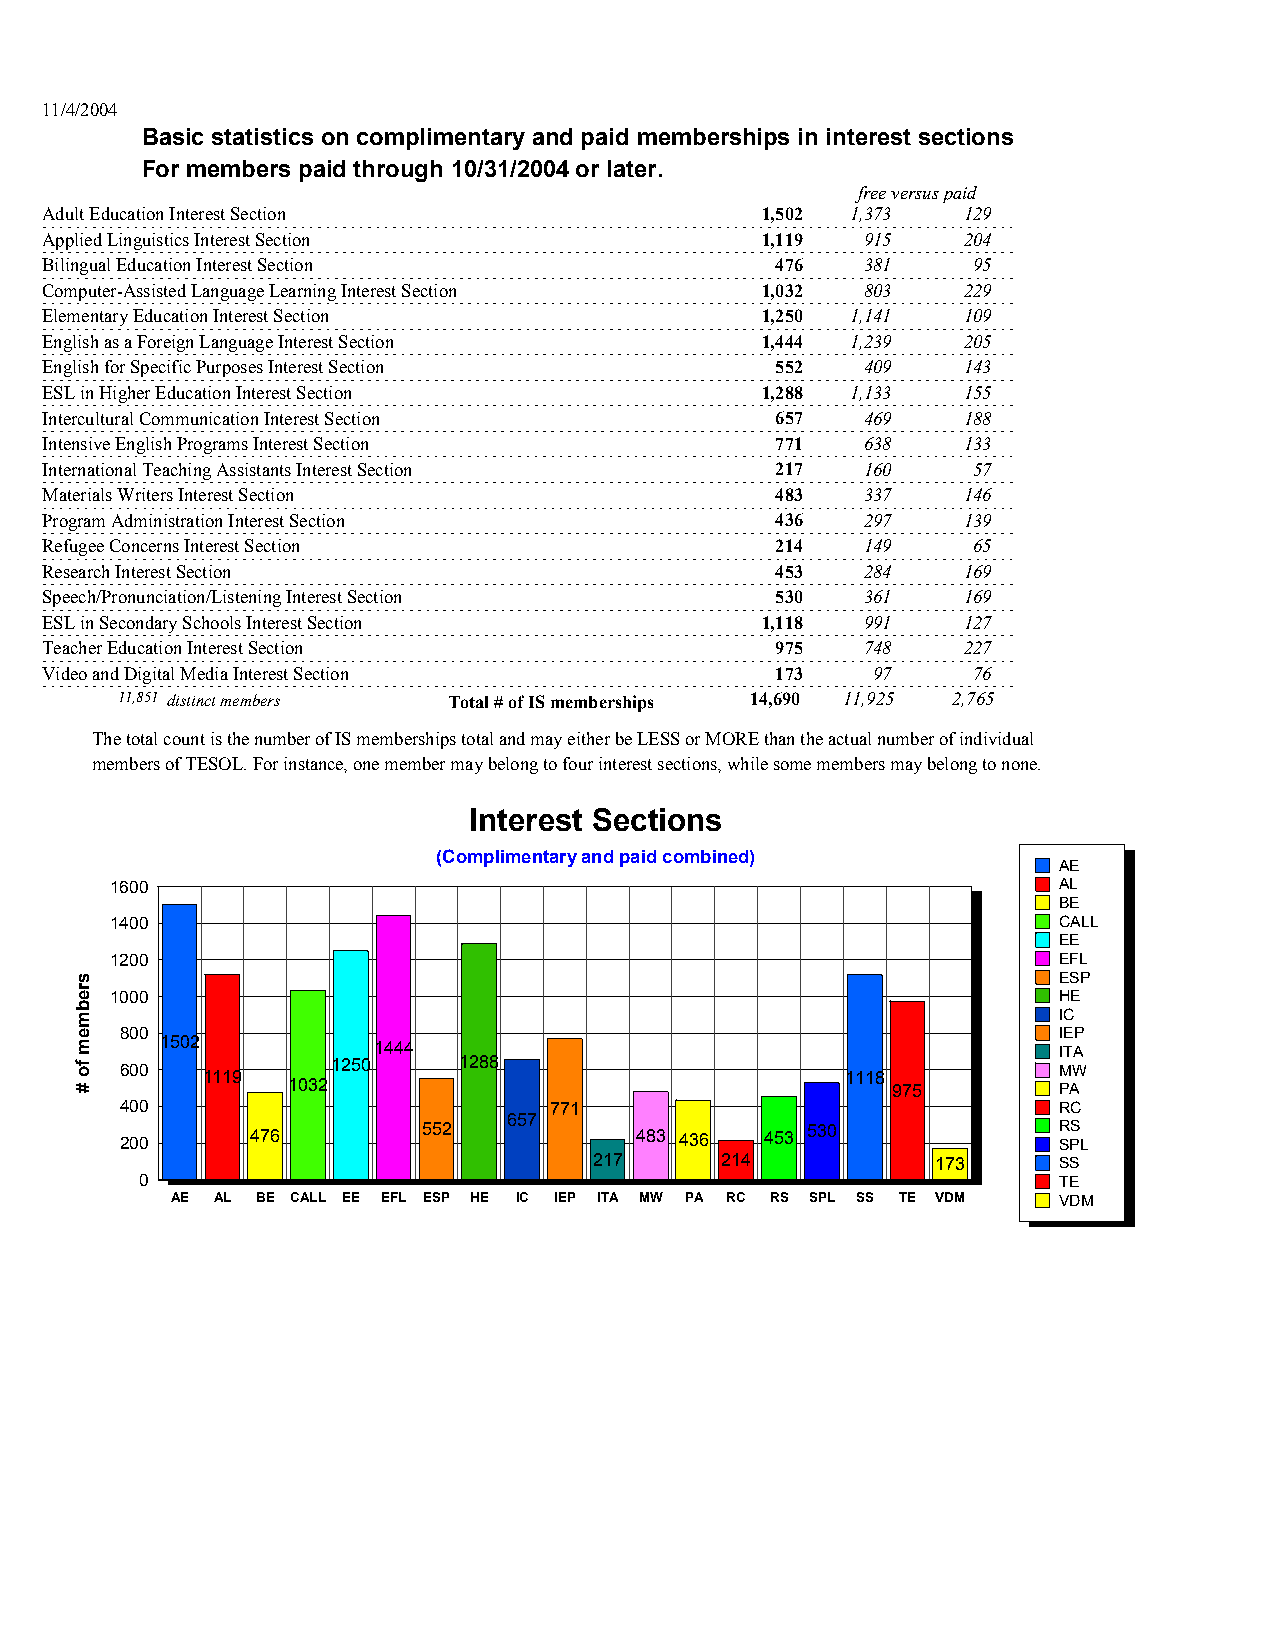
11/4/2004
 Basic statistics on complimentary and paid memberships in interest sections
 For members paid through 10/31/2004 or later.
 free versus paid
 Adult Education Interest Section               1,502 1,373   129
 Applied Linguistics Interest Section           1,119  915    204
 Bilingual Education Interest Section            476   381    95
 Computer-Assisted Language Learning Interest Section 1,032 803 229
 Elementary Education Interest Section          1,250 1,141   109
 English as a Foreign Language Interest Section 1,444 1,239   205
 English for Specific Purposes Interest Section  552   409    143
 ESL in Higher Education Interest Section       1,288 1,133   155
 Intercultural Communication Interest Section    657   469    188
 Intensive English Programs Interest Section     771   638    133
 International Teaching Assistants Interest Section 217 160   57
 Materials Writers Interest Section              483   337    146
 Program Administration Interest Section         436   297    139
 Refugee Concerns Interest Section               214   149    65
 Research Interest Section                       453   284    169
 Speech/Pronunciation/Listening Interest Section 530   361    169
 ESL in Secondary Schools Interest Section      1,118  991    127
 Teacher Education Interest Section              975   748    227
 Video and Digital Media Interest Section        173    97    76
 11,851 distinct members Total # of IS memberships 14,690 11,925 2,765
 The total count is the number of IS memberships total and may either be LESS or MORE than the actual number of individual
 members of TESOL. For instance, one member may belong to four interest sections, while some members may belong to none.
 IInntteerreesstt SSeeccttiioonnss
 (Complimentary and paid combined)
 AE
 1600                                                           AL
 BE
 1400                                                           CALL
 EE
 1200                                                           EFL
 ESP
 1000                                                           HE
 IC
 800                                                           IEP
 1502          1444                                         ITA
 600  1119     1250    1288                      1118          MW
 1032                                    975        PA
 400                         771                               RC
 657
 200      476        552           483 436  453 530            R SPS L
 217      214           173     SS
 0                                                            TE
 AE AL BE CALL EE EFL ESP HE IC IEP ITA MW PA RC RS SPL SS TE VDM VDM
 srebmem
 fo
 #